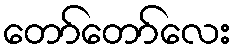
တော်တော်လေး